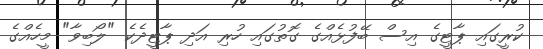
ކުރީގައި ޕާޓީގެ އިސް ބޭފުޅެއްގެ ގޮތުގައި ހުރި އަދި ޕާޓީދެކެ "ލޯބިވާ" މީހެއްގެ